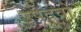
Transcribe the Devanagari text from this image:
उपद्रवो